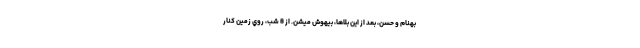
بهنام و حسن، بعد از اين بلاها، بيهوش ميشن. از 8 شب، روي زمين كنار